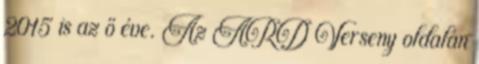
2015 is az ő éve. Az ARD Verseny oldalán